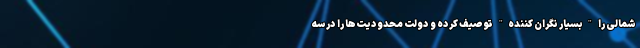
شمالی را "بسیار نگران کننده" توصیف کرده و دولت محدودیت‌ها را در سه